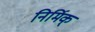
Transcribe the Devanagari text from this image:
निर्मिक्